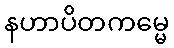
နဟာပိတကမ္မေ